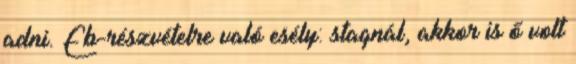
adni. Eb-részvételre való esély: stagnál, akkor is ő volt